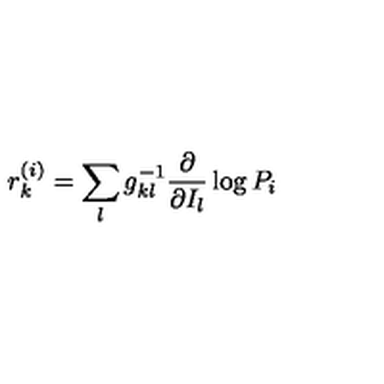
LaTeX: r _ { k } ^ { ( i ) } = \sum _ { l } g _ { k l } ^ { - 1 } \frac { \partial } { \partial I _ { l } } \log P _ { i }